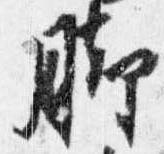
脚